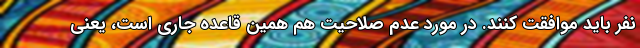
نفر باید موافقت کنند. در مورد عدم صلاحیت هم همین قاعده جاری است، یعنی